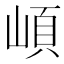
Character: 崸